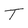
Character: T